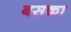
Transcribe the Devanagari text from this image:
बसका